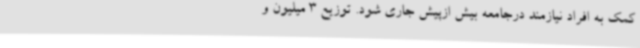
کمک به افراد نیازمند درجامعه بیش ازپیش جاری شود. توزیع 3 میلیون و